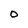
Character: 0